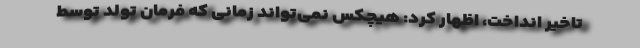
تاخیر انداخت، اظهار کرد: هیچکس نمی‌تواند زمانی که فرمان تولد توسط